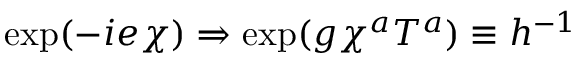
\exp ( - i e \chi ) \Rightarrow \exp ( g \chi ^ { a } T ^ { a } ) \equiv h ^ { - 1 }